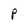
Character: P